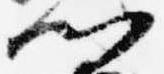
門